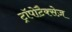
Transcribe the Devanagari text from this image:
ट्रॉपोटैक्सेज़